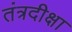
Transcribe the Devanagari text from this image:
तंत्रदीक्षा